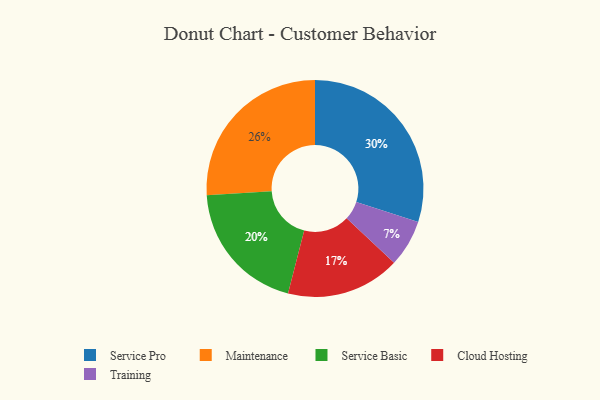
{"axis": {"x": "Category", "y": "Percentage"}, "legend": ["Cloud Hosting", "Maintenance", "Service Basic", "Service Pro", "Training"], "data": [{"x": "Cloud Hosting", "y": 17, "type": "Cloud Hosting"}, {"x": "Training", "y": 7, "type": "Training"}, {"x": "Maintenance", "y": 26, "type": "Maintenance"}, {"x": "Service Basic", "y": 20, "type": "Service Basic"}, {"x": "Service Pro", "y": 30, "type": "Service Pro"}]}